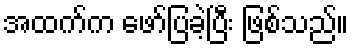
အထက်က ဖော်ပြခဲ့ပြီး ဖြစ်သည်။